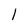
Character: l